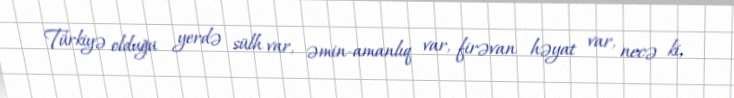
Türkiyə olduğu yerdə sülh var, əmin-amanlıq var, firəvan həyat var, necə ki,